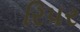
રિપર